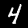
Digit: 4